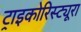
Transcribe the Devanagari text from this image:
ट्राइकोरिस्ट्यूरा